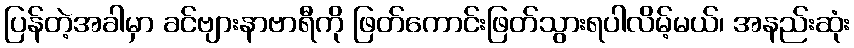
ပြန်တဲ့အခါမှာ ခင်ဗျားနာဗာရီကို ဖြတ်ကောင်းဖြတ်သွားရပါလိမ့်မယ်၊ အနည်းဆုံး